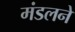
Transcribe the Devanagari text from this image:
मंडलने